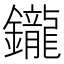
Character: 鑨